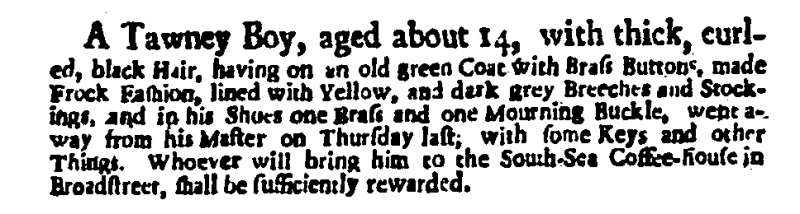
Daily Post, 17 May 1721 (England)
A Tawney Boy, aged about 14, with thick, curled, black Hair, having on an old green Coat with Brass Buttons, made Frock Fashion, lined with Yellow, and dark grey Breeches and Stockings, and in his Shoes one Brass and one Mourning Buckle, went away from his Master on Thursday last; with some Keys and other Things. Whoever will bring him to the South-Sea Coffee-house in Broadstreet, shall be sufficiently rewarded.